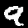
Digit: 9